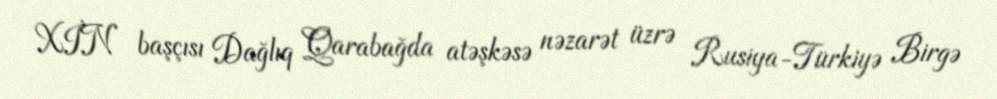
XİN başçısı Dağlıq Qarabağda atəşkəsə nəzarət üzrə Rusiya-Türkiyə Birgə